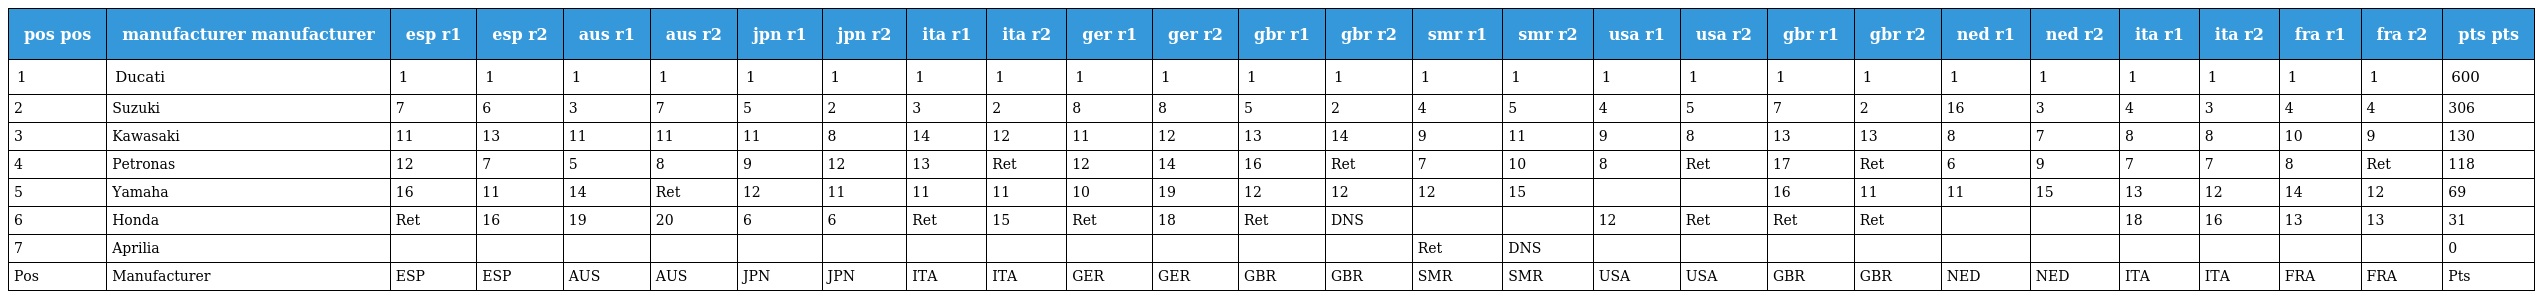
| pos pos | manufacturer manufacturer | esp r1 | esp r2 | aus r1 | aus r2 | jpn r1 | jpn r2 | ita r1 | ita r2 | ger r1 | ger r2 | gbr r1 | gbr r2 | smr r1 | smr r2 | usa r1 | usa r2 | gbr r1 | gbr r2 | ned r1 | ned r2 | ita r1 | ita r2 | fra r1 | fra r2 | pts pts |
 | --- | --- | --- | --- | --- | --- | --- | --- | --- | --- | --- | --- | --- | --- | --- | --- | --- | --- | --- | --- | --- | --- | --- | --- | --- | --- | --- |
 | 1 | Ducati | 1 | 1 | 1 | 1 | 1 | 1 | 1 | 1 | 1 | 1 | 1 | 1 | 1 | 1 | 1 | 1 | 1 | 1 | 1 | 1 | 1 | 1 | 1 | 1 | 600 |
 | 2 | Suzuki | 7 | 6 | 3 | 7 | 5 | 2 | 3 | 2 | 8 | 8 | 5 | 2 | 4 | 5 | 4 | 5 | 7 | 2 | 16 | 3 | 4 | 3 | 4 | 4 | 306 |
 | 3 | Kawasaki | 11 | 13 | 11 | 11 | 11 | 8 | 14 | 12 | 11 | 12 | 13 | 14 | 9 | 11 | 9 | 8 | 13 | 13 | 8 | 7 | 8 | 8 | 10 | 9 | 130 |
 | 4 | Petronas | 12 | 7 | 5 | 8 | 9 | 12 | 13 | Ret | 12 | 14 | 16 | Ret | 7 | 10 | 8 | Ret | 17 | Ret | 6 | 9 | 7 | 7 | 8 | Ret | 118 |
 | 5 | Yamaha | 16 | 11 | 14 | Ret | 12 | 11 | 11 | 11 | 10 | 19 | 12 | 12 | 12 | 15 |  |  | 16 | 11 | 11 | 15 | 13 | 12 | 14 | 12 | 69 |
 | 6 | Honda | Ret | 16 | 19 | 20 | 6 | 6 | Ret | 15 | Ret | 18 | Ret | DNS |  |  | 12 | Ret | Ret | Ret |  |  | 18 | 16 | 13 | 13 | 31 |
 | 7 | Aprilia |  |  |  |  |  |  |  |  |  |  |  |  | Ret | DNS |  |  |  |  |  |  |  |  |  |  | 0 |
 | Pos | Manufacturer | ESP | ESP | AUS | AUS | JPN | JPN | ITA | ITA | GER | GER | GBR | GBR | SMR | SMR | USA | USA | GBR | GBR | NED | NED | ITA | ITA | FRA | FRA | Pts |